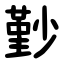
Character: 㝻